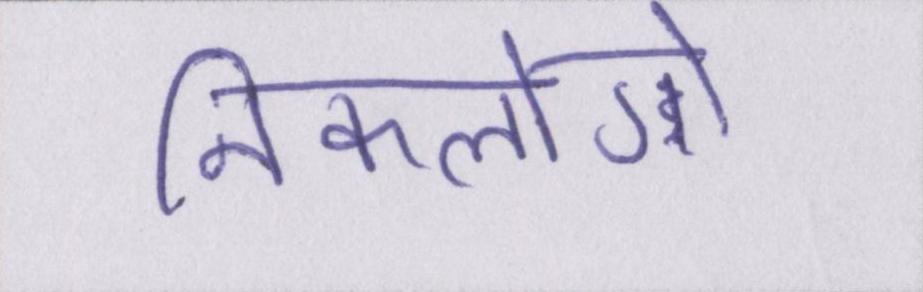
निकलोगे